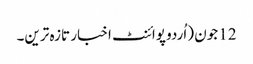
12 جون (اُردو پوائنٹ اخبار تازہ ترین۔